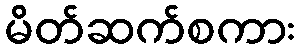
မိတ်ဆက်စကား